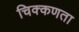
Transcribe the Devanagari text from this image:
चिक्कणता